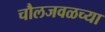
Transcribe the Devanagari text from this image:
चौलजवळच्या